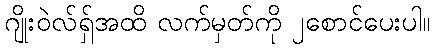
ဂျိုးဝဲလ်ရှ်အထိ လက်မှတ်ကို ၂စောင်ပေးပါ။